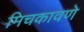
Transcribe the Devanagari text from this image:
मिचकावणे